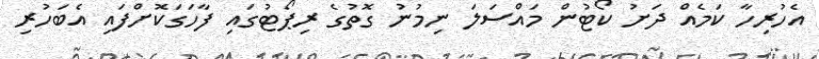
އެހުރިހާ ކަމެއް ދަށު ކޯޓުން މައްސަލަ ނިމުނު ގޮތުގެ ރިޕޯޓުގައި ފާހަގަކޮށްފައި އެބަހުރި